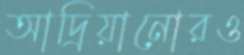
আদ্রিয়ানোরও